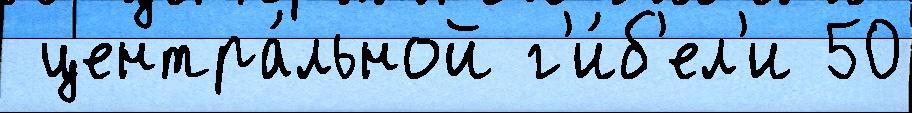
 центра́льной г'и́б'ел'и 50